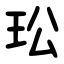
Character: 玜